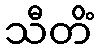
သီတိံ